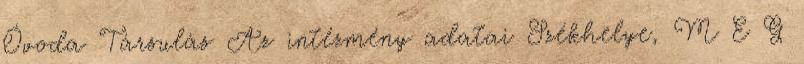
Óvoda Társulás Az intézmény adatai Székhelye, M E G